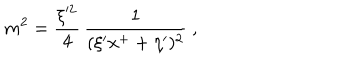
LaTeX: m ^ { 2 } = { \frac { \xi ^ { \prime 2 } } { 4 } } \, { \frac { 1 } { ( \xi ^ { \prime } x ^ { + } + \eta ^ { \prime } ) ^ { 2 } } } \ ,